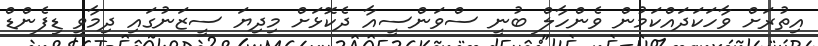
އިތުރަށް ވާހަކަދައްކަމުން ވެންހާލް ބުނީ ސްވަންސީއާ ދެކޮަޅަށް މިދިޔަ ސީޒަނުގައި ދިމާވީ ޑިފެންޑް